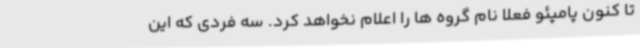
تا کنون پامپئو فعلا نام گروه ها را اعلام نخواهد کرد. سه فردی که این